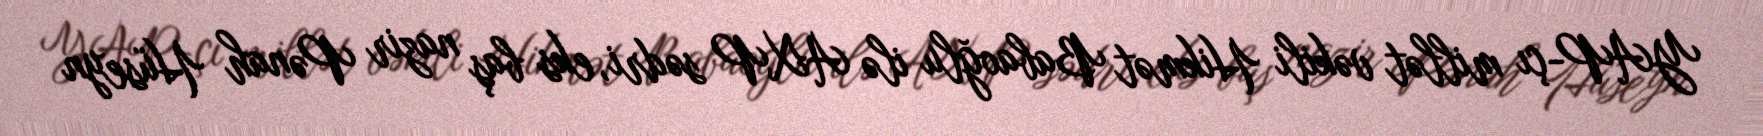
YAP-çı millət vəkili Hikmət Babaoğlu ilə AXP sədri, eks baş nazir Pənah Hüseyn